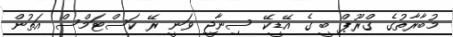
މުބާރާތުގެ ގްރޫޕް ބީ ގެ އޭޑީކޭ ސިނާޖީ ވަނީ ރޭ ކަސްޓަމްސް އަތުން